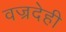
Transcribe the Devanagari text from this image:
वज्रदेही